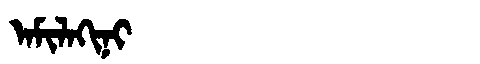
Manchu: ᠠᠮᡳᠯᠠᡴᡳᠨᡳ
Romanization: AMILAKINI